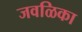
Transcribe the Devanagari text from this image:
जवळिका